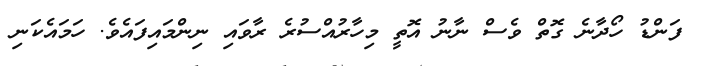
ފަންޑު ހޯދާނެ ގޮތް ވެސް ނާނު އޮތީ މިހާރުއްސުރެ ރާވައި ނިންމައިފައެވެ. ހަމައެކަނި